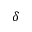
\delta